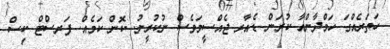
ހަތަރެއްގަ ހަމްދާންއާ ކުރަން ޑެއާރ ޖެއްސީމަވެސް ނުކުރީނު. ކޮން ކަމެއް. ފަރސްޓް ކިސް